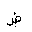
Letter: _dad